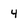
Character: 4